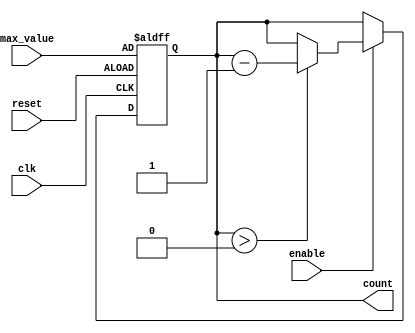
module down_counter (
    input wire clk,           // Clock signal
    input wire enable,        // Enable signal
    input wire reset,         // Asynchronous reset signal
    input wire [3:0] max_value, // Maximum value (hardcoded for 4 bits)
    output reg [3:0] count    // Current counter value
);

    // Asynchronous reset and counting
    always @(posedge clk or posedge reset) begin
        if (reset) begin
            count <= max_value; // Reset counter to the maximum value
        end else if (enable) begin
            if (count > 0) begin
                count <= count - 1; // Decrement counter if enabled and not at zero
            end
        end
    end

endmodule